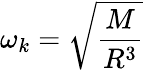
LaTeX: \omega_{k}=\sqrt{\frac{M}{R^{3}}}